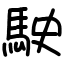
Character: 駛